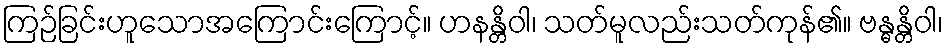
ကြဉ်ခြင်းဟူသောအကြောင်းကြောင့်။ ဟနန္တိဝါ၊ သတ်မူလည်းသတ်ကုန်၏။ ဗန္ဓန္တိဝါ၊